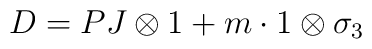
D = PJ\otimes 1 + m\cdot 1\otimes \sigma_3